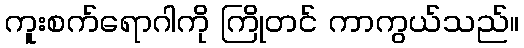
ကူးစက်ရောဂါကို ကြိုတင် ကာကွယ်သည်။